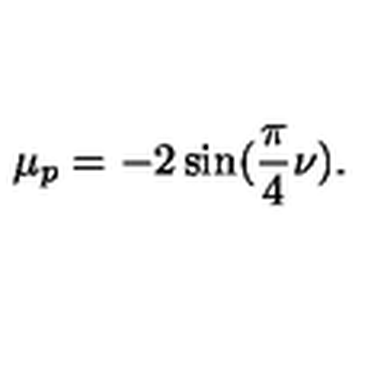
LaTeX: \mu _ { p } = - 2 \sin ( \frac { \pi } { 4 } \nu ) .